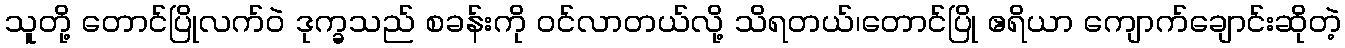
သူတို့ တောင်ပြိုလက်ဝဲ ဒုက္ခသည် စခန်းကို ဝင်လာတယ်လို့ သိရတယ်၊တောင်ပြို ဧရိယာ ကျောက်ချောင်းဆိုတဲ့